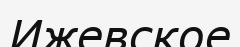
Ижевское